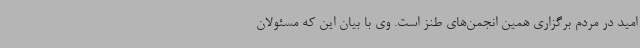
امید در مردم برگزاری همین انجمن‌های طنز است. وی با بیان این که مسئولان